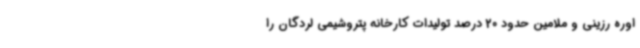
اوره رزینی و ملامین حدود 20 درصد تولیدات کارخانه پتروشیمی لردگان را